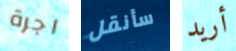
اجرة سأنقل أريد